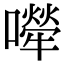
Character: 𡁆